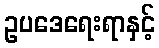
ဥပဒေရေးရာနှင့်